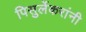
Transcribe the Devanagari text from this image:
पिसुर्लेकरांनी